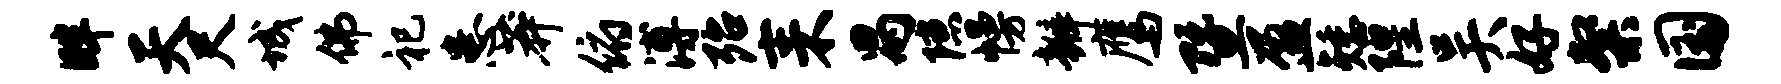
畔天尺城佛祀患莽俯溥殆耒舄隙幔瓣鹰暨盈矮隍吴好粲国